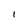
Character: I